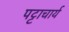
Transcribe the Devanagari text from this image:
पट्टाचार्य